Source: Handwritten
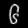
Digit: ၆ (6)